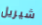
شيريل